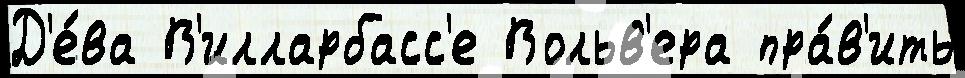
Д'е́ва В'илларбасс'е Вольв'ера пра́в'ить